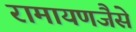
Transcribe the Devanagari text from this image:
रामायणजैसे